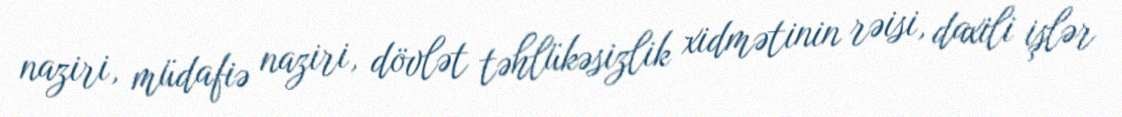
naziri, müdafiə naziri, dövlət təhlükəsizlik xidmətinin rəisi, daxili işlər